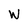
Character: W